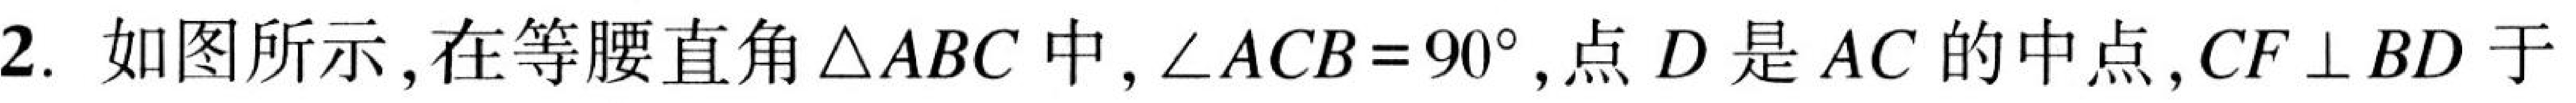
2. 如图所示,在等腰直角$\triangle ABC$中,$\angle ACB = 90^{\circ}$,点$D$是$AC$的中点,$CF\perp BD$于